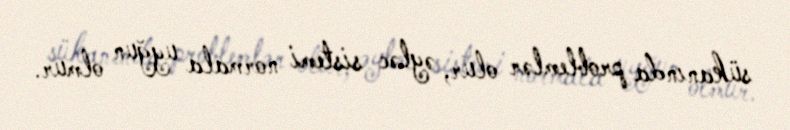
sükanında problemlər olur, əyləc sistemi normala uyğun olmur.